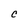
Character: C